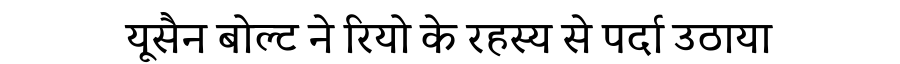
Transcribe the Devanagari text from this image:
यूसैन बोल्ट ने रियो के रहस्य से पर्दा उठाया